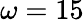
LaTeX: \omega=15